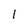
Character: l